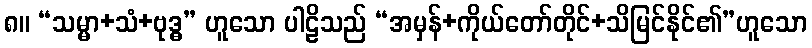
၈။ “သမ္မာ+သံ+ဗုဒ္ဓ” ဟူသော ပါဠိသည် “အမှန်+ကိုယ်တော်တိုင်+သိမြင်နိုင်၏”ဟူသော